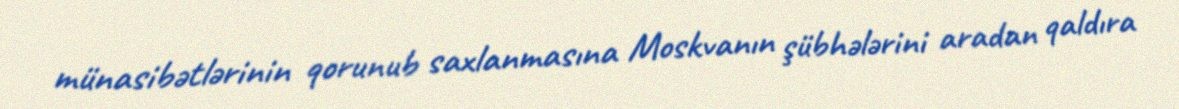
münasibətlərinin qorunub saxlanmasına Moskvanın şübhələrini aradan qaldıra